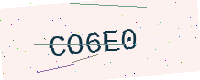
Text: CO6E0